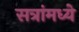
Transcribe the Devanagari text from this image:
सत्रांमध्ये